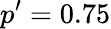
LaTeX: p^{\prime}=0.75